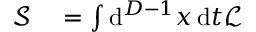
\begin{array} { r l } { { \mathcal { S } } } & { { } = \int \mathrm { d } ^ { D - 1 } x \, \mathrm { d } t { \mathcal { L } } } \end{array}